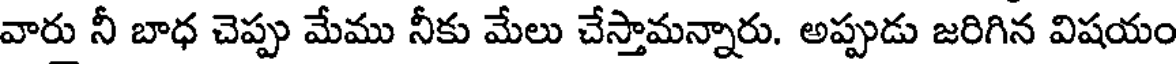
వారు నీ బాధ చెప్పు మేము నీకు మేలు చేస్తామన్నారు. అప్పుడు జరిగిన విషయం